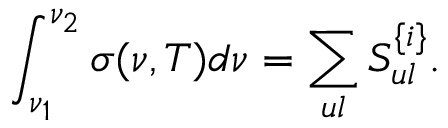
\int _ { \nu _ { 1 } } ^ { \nu _ { 2 } } \sigma ( \nu , T ) d \nu = \sum _ { u l } S _ { u l } ^ { \{ i \} } .